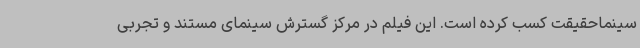
سینماحقیقت کسب کرده است. این فیلم در مرکز گسترش سینمای مستند و تجربی